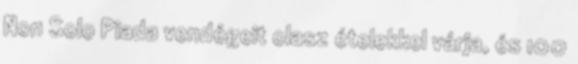
Non Solo Piada vendégeit olasz ételekkel várja, és 100